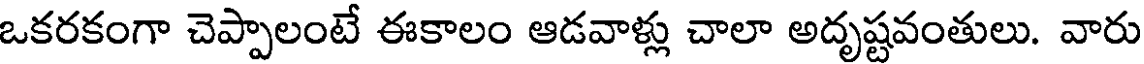
ఒకరకంగా చెప్పాలంటే ఈకాలం ఆడవాళ్లు చాలా అదృష్టవంతులు. వారు